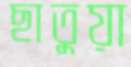
ছাতুয়া